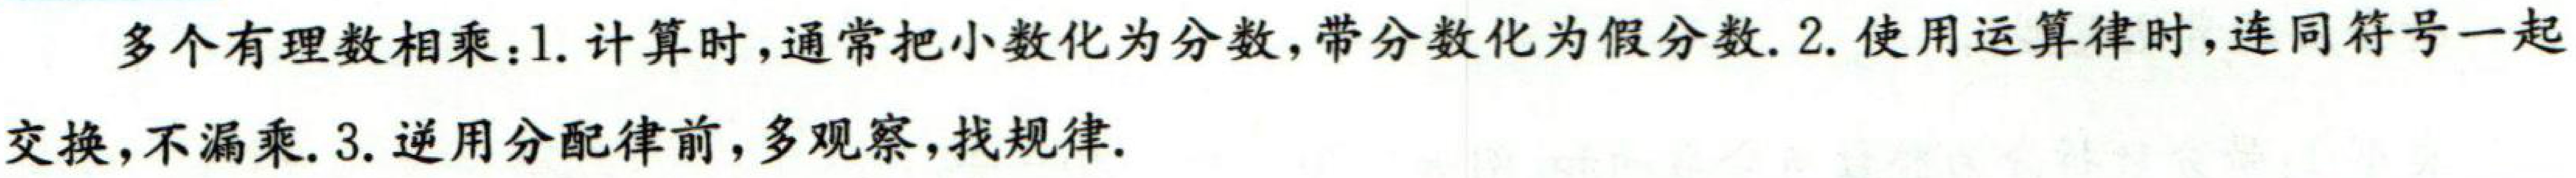
多个有理数相乘：1. 计算时，通常把小数化为分数，带分数化为假分数. 2. 使用运算律时，连同符号一起交换，不漏乘. 3. 逆用分配律前，多观察，找规律.